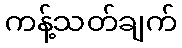
ကန့်သတ်ချက်